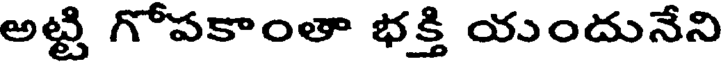
అట్టి గోపకాంతా భక్తి యుందునేని